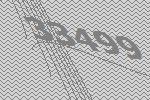
33499